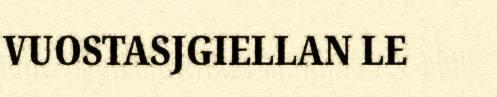
VUOSTASJGIELLAN LE